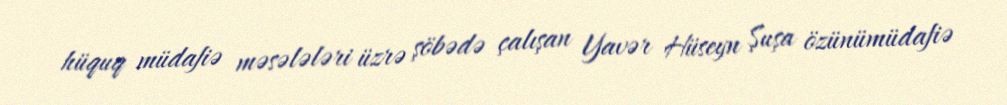
hüquq müdafiə məsələləri üzrə şöbədə çalışan Yavər Hüseyn Şuşa özünümüdafiə